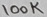
Text: 100K